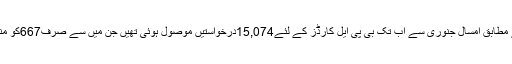
ایک رپورٹ کے مطابق امسال جنوری سے اب تک بی پی ایل کارڈز کے لئے15,074درخواستیں موصول ہوئی تھیں جن میں سے صرف667کو منظور کیا گیا ہے۔